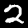
Label: 2